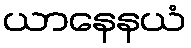
ယာနေနယံ